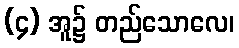
(၄) အူ၌ တည်သောလေ၊